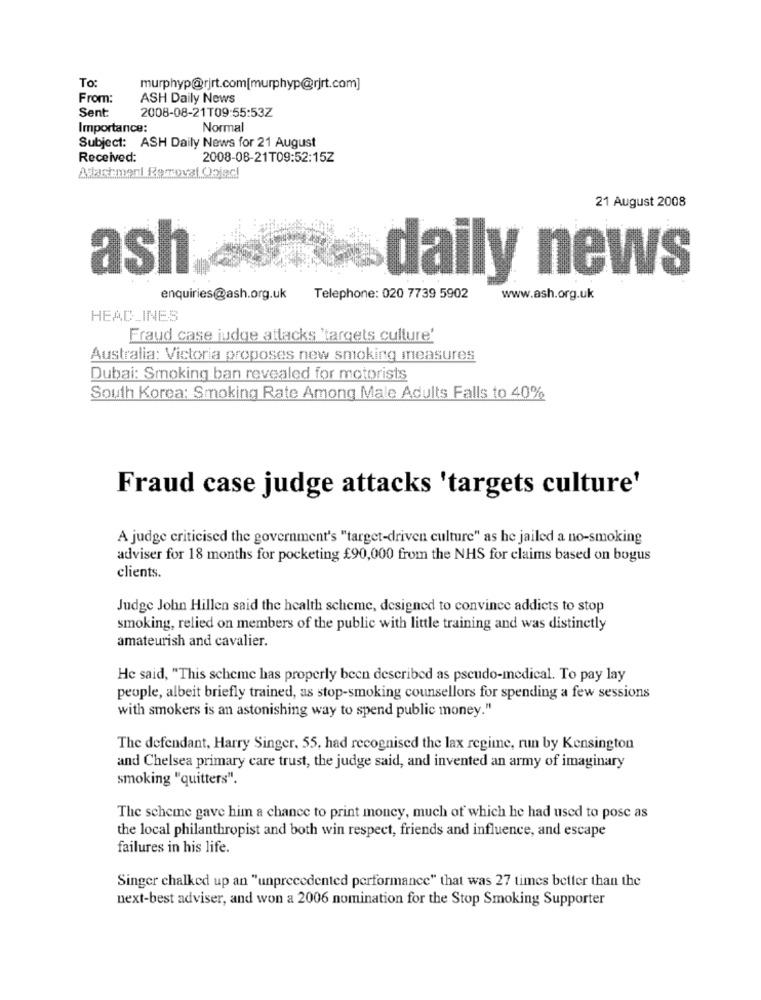
To:
murphyp@rjrt.com[murphyp@rjrt.com]
From:
ASH Daily News
Sent
2008-08-21T09:55:53Z
Importance:
Normal
Subject: ASH Daily News for 21 August
Received:
2008-08-21T09:52:15Z
Apartment Removal.ObBd
21 August 2008
ash
daily news
enquiries@ash.org.uk
Telephone: 020 7739 5902
www.ash.org.uk
HEADLINES
Fraud case judge attacks 'targets culture'
Australia: Victoria proposes new smoking measures
Dubai: Smoking ban revealed for motorists
South Korea: Smoking Rate Among Male Adults Falls to 40%
Fraud case judge attacks 'targets culture'
A judge criticised the government's "target-driven culture" as he jailed a no-smoking
adviser for 18 months for pocketing £90,000 from the NHS for claims based on bogus
clients.
Judge John Hillen said the health scheme, designed to convince addicts to stop
smoking, relied on members of the public with little training and was distinctly
amateurish and cavalier.
He said, "This scheme has properly been described as pseudo-medical. To pay lay
people, albeit briefly trained, as stop-smoking counsellors for spending a few sessions
with smokers is an astonishing way to spend public money."
The defendant, Harry Singer. 55, had recognised the lax regime, run by Kensington
and Chelsea primary care trust, the judge said, and invented an army of imaginary
smoking "quitters".
The scheme gave him a chance to print money, much of which he had used to pose as
the local philanthropist and both win respect, friends and influence, and escape
failures in his life.
Singer chalked up an "unprecedented performance" that was 27 times better than the
next-best adviser, and won a 2006 nomination for the Stop Smoking Supporter